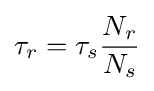
\tau _{r}=\tau _{s}{\frac {N_{r}}{N_{s}}}